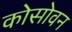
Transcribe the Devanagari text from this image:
कोसोवन